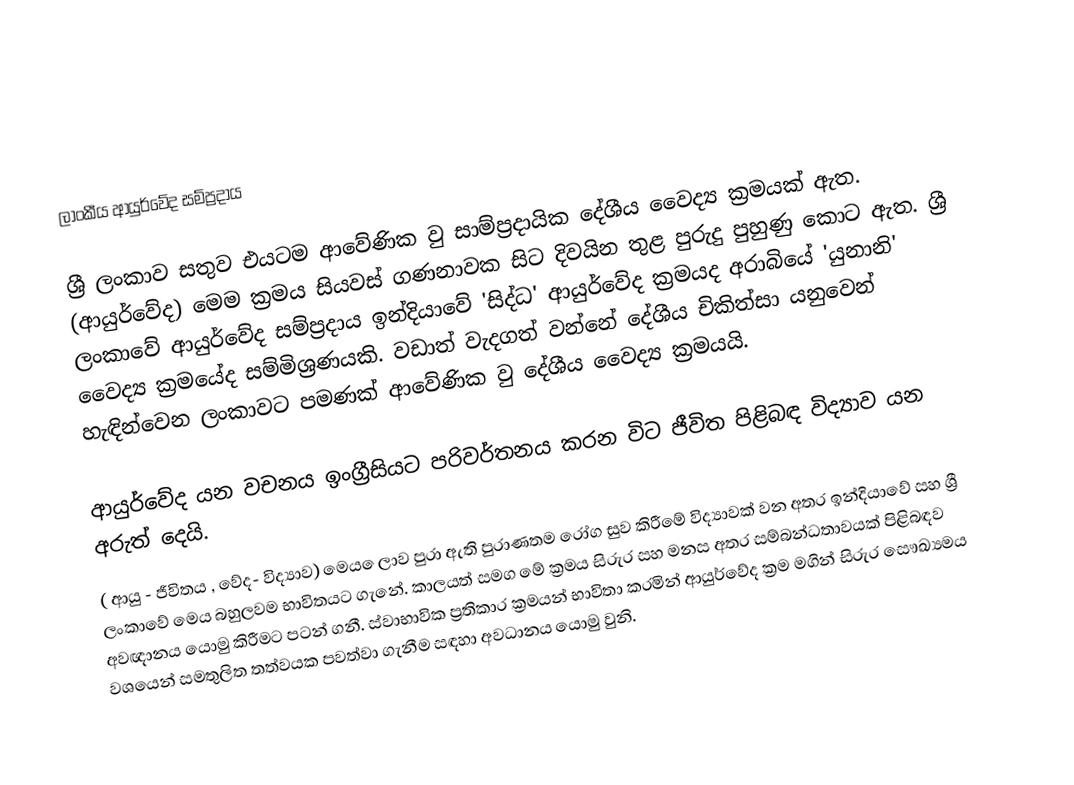

ලාංකීය ආයුර්වේද සම්ප්‍රදාය

ශ්‍රී ලංකාව සතුව එයටම ආවේණික වු සාම්ප්‍රදායික දේශීය වෛද්‍ය ක්‍රමයක් ඇත. (ආයුර්වේද) මෙම ක්‍රමය සියවස් ගණනාවක සිට දිවයින තුළ පුරුදු පුහුණු කොට ඇත.  ශ්‍රී ලංකාවේ ආයුර්වේද සම්ප්‍රදාය ඉන්දියාවේ 'සිද්ධ' ආයුර්වේද ක්‍රමයද අරාබියේ 'යුනානි' වෛද්‍ය ක්‍රමයේද සම්මිශ්‍රණයකි. වඩාත් වැදගත් වන්නේ දේශීය චිකිත්සා යනුවෙන් හැඳින්වෙන ලංකා‍වට පමණක් ‍ආවේණික වු දේශීය වෛද්‍ය ක්‍රමයයි.

ආයුර්වේද යන වචනය ඉංග්‍රීසියට පරිවර්තනය කරන විට ජීවිත පිළිබඳ විද්‍යාව යන අරුත් දෙයි.
( ආයු - ජීවිතය , වේද- විද්‍යාව) මෙය ‍ෙලාව පුරා ඇති පුරාණතම රෝග සුව කිරීමේ විද්‍යාවක් වන අතර ඉන්දියාවේ සහ ශ්‍රී ලංකාවේ මෙය බහුලවම භාවිතයට ගැනේ. කාලයත් සමග මේ ක්‍රමය සිරුර සහ මනස අතර සම්බන්ධතාවයක් පිළිබඳව අවඥානය යොමු කිරීමට පටන් ගනී. ස්වාභාවික ප්‍රතිකාර ක්‍රමයන් භාවිතා කරමින් ආයුර්වේද ක්‍රම මගින් සිරුර සෞඛ්‍යමය වශයෙන් සමතුලිත තත්වයක පවත්වා ගැනීම සඳහා අවධානය යොමු වුනි.